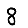
Digit: 8